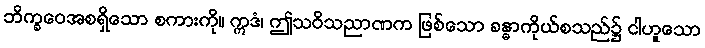
ဘိက္ခဝေအစရှိသော စကားကို။ ဣဒံ၊ ဤသဝိသညာဏက ဖြစ်သော ခန္ဓာကိုယ်စသည်၌ ငါဟူသော